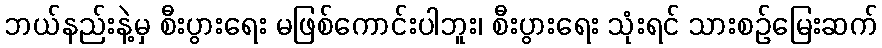
ဘယ်နည်းနဲ့မှ စီးပွားရေး မဖြစ်ကောင်းပါဘူး၊ စီးပွားရေး သုံးရင် သားစဉ်မြေးဆက်